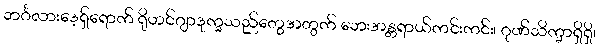
ဘင်္ဂလားဒေ့ရှ်ရောက် ရိုဟင်ဂျာဒုက္ခသည်တွေအတွက် ဘေးအန္တရာယ်ကင်းကင်း၊ ဂုဏ်သိက္ခာရှိရှိ၊